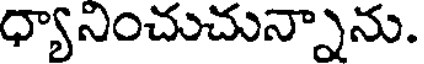
ధ్యానించుచున్నాను.